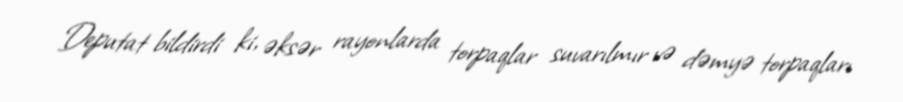
Deputat bildirdi ki, əksər rayonlarda torpaqlar suvarılmır və dəmyə torpaqları